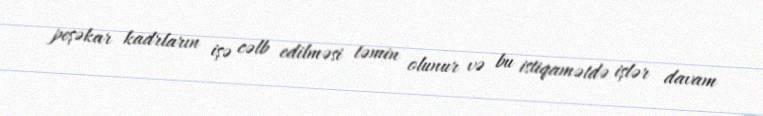
peşəkar kadrların işə cəlb edilməsi təmin olunur və bu istiqamətdə işlər davam